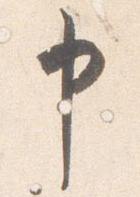
申